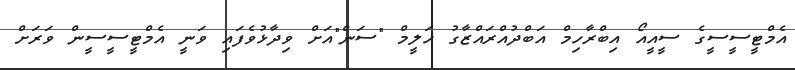
އެމްޓީސީސީގެ ސީއީއޯ އިބްރާހިމް އަބްދުއްރައްޒާގު ހަލީމް "ސަން"އަށް ވިދާޅުވެފައި ވަނީ އެމްޓީސީސީން ވަރަށް